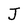
Character: J